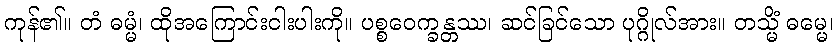
ကုန်၏။ တံ ဓမ္မံ၊ ထိုအကြောင်းငါးပါးကို။ ပစ္စဝေက္ခန္တဿ၊ ဆင်ခြင်သော ပုဂ္ဂိုလ်အား။ တသ္မိံ ဓမ္မေ၊